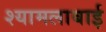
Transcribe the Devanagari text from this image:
श्यामलाबाई